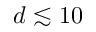
d \lesssim 1 0